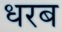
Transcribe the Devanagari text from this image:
धरब